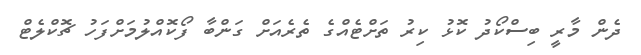
ދެން މާރީ ބިސްކޯދު ކޮޅު ކިރު ތަށްޓެއްގެ ތެރެއަށް ގަންބާ ފޯކޮއްލުމަށްފަހު ޗޮކްލެޓް